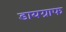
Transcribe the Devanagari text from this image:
डायग्राफ